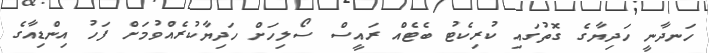
ހަނދާނީ ހަދިޔާގެ ގޮތުގައި ކުރިކެޓު ބެޓެއް ރައީސް ސޯލިހަށް ހަދިޔާކުރެއްވުމަށް ފަހު އިންޑިއާގެ